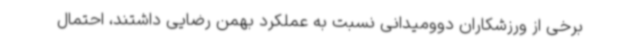
برخی از ورزشکاران دوومیدانی نسبت به عملکرد بهمن رضایی داشتند، احتمال